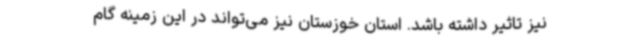
نیز تاثیر داشته باشد. استان خوزستان نیز می‌تواند در این زمینه گام